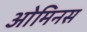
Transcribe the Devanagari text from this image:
ओमिनस